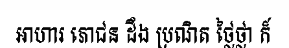
អាហារ ភោជន ដឹង ប្រណិត ថ្លៃថ្លា ក៏